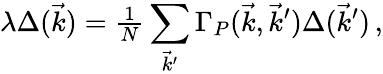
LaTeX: \lambda\Delta(\vec{k})={\textstyle{\frac{1}{N}}}\sum_{\vec{k}^{\prime}}\Gamma_{P}(\vec{k},\vec{k}^{\prime})\Delta(\vec{k}^{\prime})\, ,